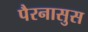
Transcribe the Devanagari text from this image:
पैरनासुस